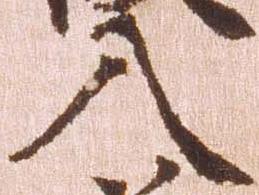
入